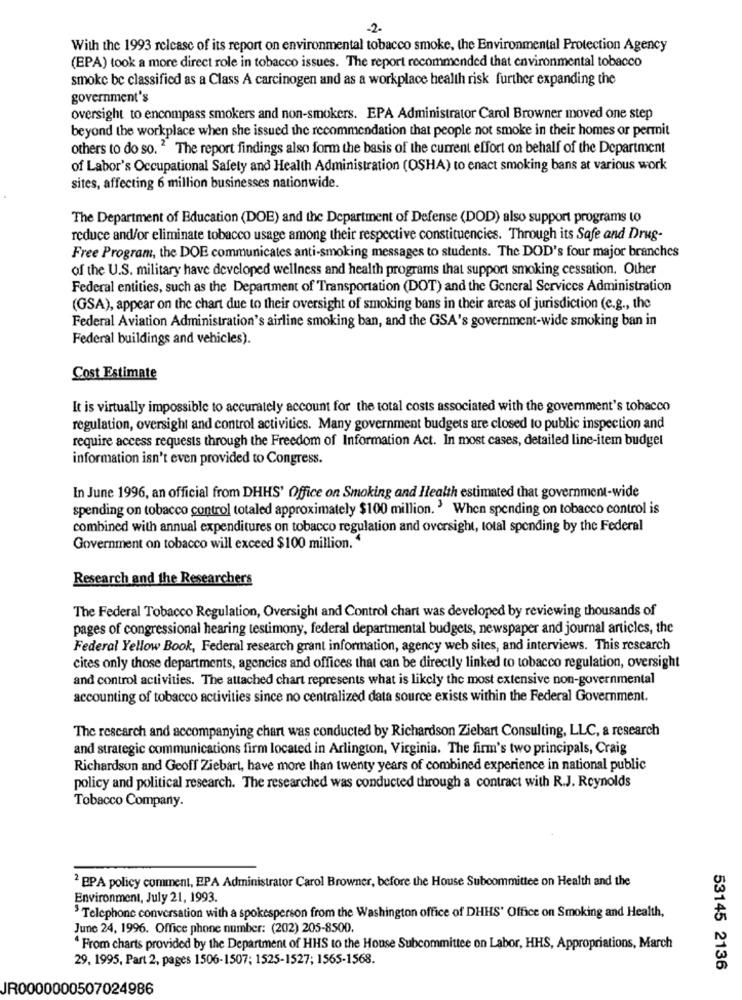
-2-
With the 1993 release of its report on environmental tobacco smoke, the Environmental Protection Agency
(EPA) took a more direct role in tobacco issues. The report recommended that environmental tobacco
smoke be classified as a Class A carcinogen and as a workplace health risk further expanding the
government's
oversight to encompass smokers and non-smokers. EPA Administrator Carol Browner moved one step
beyond the workplace when she issued the recommendation that people not smoke in their homes or permit
others to do so. 2 The report findings also form the basis of the current effort on behalf of the Department
of Labor's Occupational Safety and Health Administration (OSHA) to enact smoking bans at various work
sites, affecting 6 million businesses nationwide.
The Department of Education (DOE) and the Department of Defense (DOD) also support programs to
reduce and/or eliminate tobacco usage among their respective constituencies. Through its Safe and Drug-
Free Program, the DOE communicates anti-smoking messages to students. The DOD's four major branches
of the U.S. military have developed wellness and health programs that support smoking cessation. Other
Federal entities, such as the Department of Transportation (DOT) and the General Services Administration
(GSA), appear on the chart due to their oversight of smoking bans in their areas of jurisdiction (e.g ., the
Federal Aviation Administration's airline smoking ban, and the GSA's government-wide smoking ban in
Federal buildings and vehicles).
Cost Estimate
It is virtually impossible to accurately account for the total costs associated with the government's tobacco
regulation, oversight and control activities. Many government budgets are closed to public inspection and
require access requests through the Freedom of Information Act. In most cases, detailed line-item budget
information isn't even provided to Congress.
In June 1996, an official from DHHS' Office on Smoking and Health estimated that government-wide
spending on tobacco control totaled approximately $100 million. ' When spending on tobacco control is
combined with annual expenditures on tobacco regulation and oversight, total spending by the Federal
Government on tobacco will exceed $100 million. 4
Research and the Researchers
The Federal Tobacco Regulation, Oversight and Control chart was developed by reviewing thousands of
pages of congressional hearing testimony, federal departmental budgets, newspaper and journal articles, the
Federal Yellow Book, Federal research grant information, agency web sites, and interviews. This research
cites only those departments, agencies and offices that can be directly linked to tobacco regulation, oversight
and control activities. The attached chart represents what is likely the most extensive non-governmental
accounting of tobacco activities since no centralized data source exists within the Federal Government.
The research and accompanying chart was conducted by Richardson Ziebart Consulting, LLC, a research
and strategic communications firm located in Arlington, Virginia. The firm's two principals, Craig
Richardson and Geoff Ziebart, have more than twenty years of combined experience in national public
policy and political research. The researched was conducted through a contract with R.J. Reynolds
Tobacco Company.
2 EPA policy comment, EPA Administrator Carol Browner, before the House Subcommittee on Health and the
Environment, July 21, 1993.
' Telephone conversation with a spokesperson from the Washington office of DHHS' Office on Smoking and Health,
June 24, 1996. Office phone number: (202) 205-8500.
'From charts provided by the Department of HHS to the House Subcommittee on Labor, HHS, Appropriations, March
29, 1995, Part 2, pages 1506-1507; 1525-1527; 1565-1568.
53145 2136
JR0000000507024986